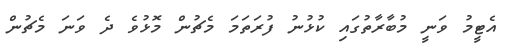
އެޓީމު ވަނީ މުބާރާތުގައި ކުޅުނު ފުރަތަމަ މެޗުން މޮޅުވެ ދެ ވަނަ މެޗުން